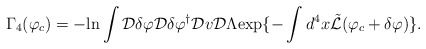
\begin{align*}\Gamma_{4}(\varphi_{c})= - {\rm ln}\int {\cal D}\delta\varphi {\cal D}\delta\varphi^{\dagger} {\cal D}v {\cal D}\Lambda {\rm exp}\{ - \int d^{4}x \tilde{\cal L}(\varphi_{c}+\delta\varphi) \}. \end{align*}